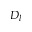
D _ { l }